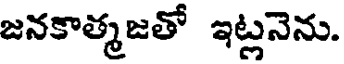
జనకాత్మజతో ఇట్లనెను.